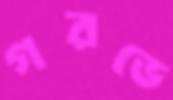
গরভে